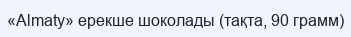
«Almaty» ерекше шоколады (тақта, 90 грамм)